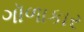
ગૉળાકાર